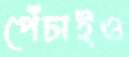
পেঁচাইও